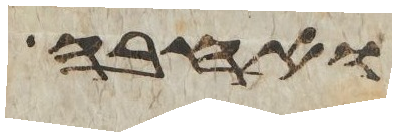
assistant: ואחבא